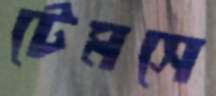
টেমসে